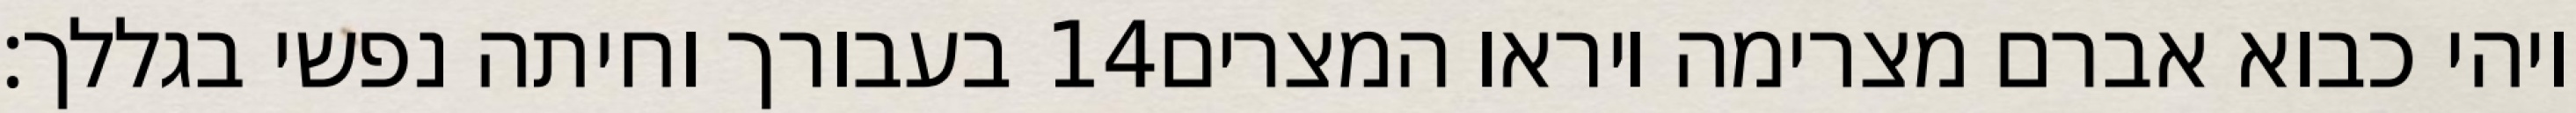
בעבורך וחיתה נפשי בגללך׃ ‎14‏ ויהי כבוא אברם מצרימה ויראו המצרים